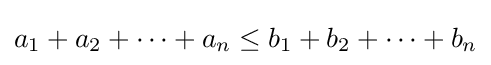
a_{1}+a_{2}+\dotsb +a_{n}\leq b_{1}+b_{2}+\dotsb +b_{n}